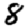
Digit: 8